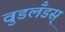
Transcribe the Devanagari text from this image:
वुडलँडस्